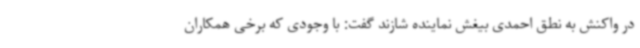
در واکنش به نطق احمدی بیغش نماینده شازند گفت: با وجودی که برخی همکاران